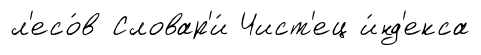
л'есо́в Словар'и́ Чист'ец и́нд'екса